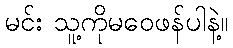
မင်း သူ့ကိုမဝေဖန်ပါနဲ့။